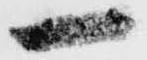
一